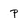
Character: p